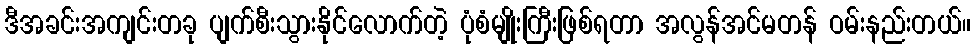
ဒီအခင်းအကျင်းတခု ပျက်စီးသွားနိုင်လောက်တဲ့ ပုံစံမျိုးကြီးဖြစ်ရတာ အလွန်အင်မတန် ဝမ်းနည်းတယ်။